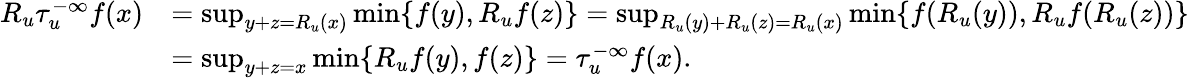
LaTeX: \begin{array}{rl}{R_{u}\tau_{u}^{-\infty}f(x)}&{=\operatorname*{sup}_{y+z=R_{u}(x)}\operatorname*{min}\{ f(y),R_{u}f(z)\} =\operatorname*{sup}_{R_{u}(y)+R_{u}(z)=R_{u}(x)}\operatorname*{min}\{ f(R_{u}(y)),R_{u}f(R_{u}(z))\} }\\ &{=\operatorname*{sup}_{y+z=x}\operatorname*{min}\{ R_{u}f(y),f(z)\} =\tau_{u}^{-\infty}f(x).}\end{array}